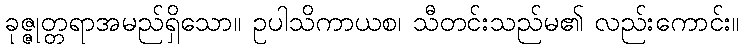
ခုဇ္ဇုတ္တရာအမည်ရှိသော။ ဥပါသိကာယစ၊ သီတင်းသည်မ၏ လည်းကောင်း။